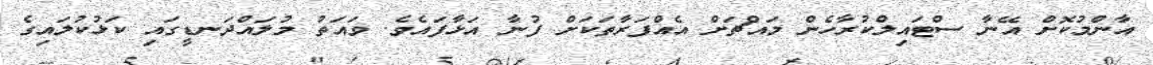
އާންމުކޮށް އޭނާ ސްޓައިލްކުރާހެން މައްޗަށް އެއްފަރާތަކަށް ފުނާ އަޅާފައެވެ. ވައަތު މުލައްދަނޑީގައި ކަޅުކުލައިގެ